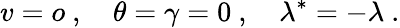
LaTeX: v=o\ ,\quad\theta=\gamma=0\ ,\quad\lambda^{*}=-\lambda\ .